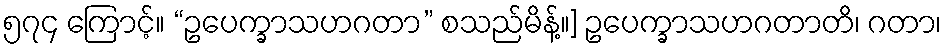
၅၇၄ ကြောင့်။ “ဥပေက္ခာသဟဂတာ” စသည်မိန့်။] ဥပေက္ခာသဟဂတာတိ၊ ဂတာ၊